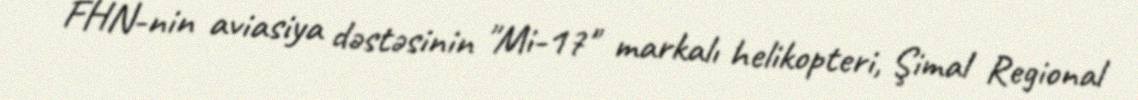
FHN-nin aviasiya dəstəsinin "Mi-17" markalı helikopteri, Şimal Regional